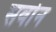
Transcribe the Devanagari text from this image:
सर्वान